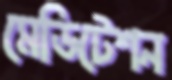
মেডিটেশন